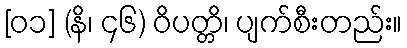
[၀၁] (နိ၊ ၄၆) ဝိပတ္တိ၊ ပျက်စီးတည်း။